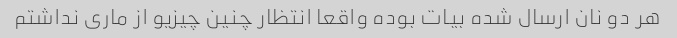
هر دو نان ارسال شده بیات بوده واقعا انتظار چنین چیزیو از ماری نداشتم